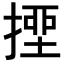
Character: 𢲖